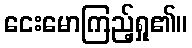
ငေးမောကြည့်ရှု၏။